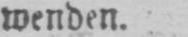
wenden.